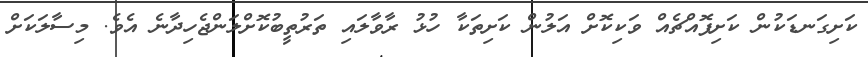
ކަށިގަނޑަކުން ކަށިފޮއްޗެއް ވަކިކޮށް އަލުން ކަށިތަކާ ހުޅު ރާވާލައި ތަރުތީބުކޮށްލަންޖެހިދާނެ އެވެ. މިސާލަކަށް